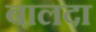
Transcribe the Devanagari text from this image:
बालदा